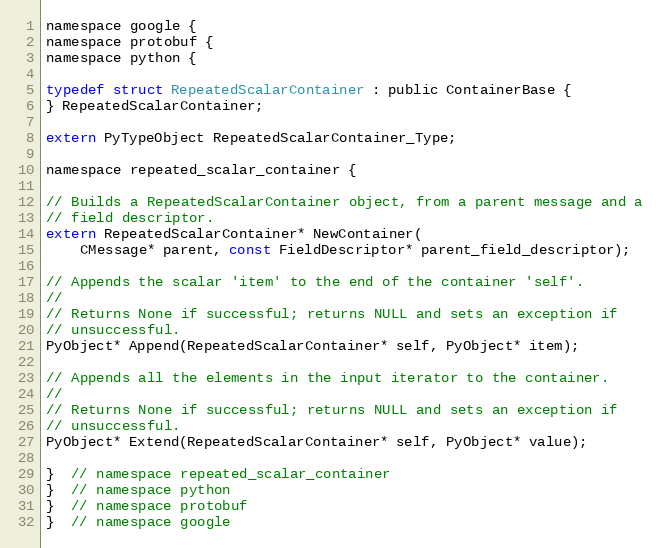
Language: C
namespace google {
namespace protobuf {
namespace python {

typedef struct RepeatedScalarContainer : public ContainerBase {
} RepeatedScalarContainer;

extern PyTypeObject RepeatedScalarContainer_Type;

namespace repeated_scalar_container {

// Builds a RepeatedScalarContainer object, from a parent message and a
// field descriptor.
extern RepeatedScalarContainer* NewContainer(
    CMessage* parent, const FieldDescriptor* parent_field_descriptor);

// Appends the scalar 'item' to the end of the container 'self'.
//
// Returns None if successful; returns NULL and sets an exception if
// unsuccessful.
PyObject* Append(RepeatedScalarContainer* self, PyObject* item);

// Appends all the elements in the input iterator to the container.
//
// Returns None if successful; returns NULL and sets an exception if
// unsuccessful.
PyObject* Extend(RepeatedScalarContainer* self, PyObject* value);

}  // namespace repeated_scalar_container
}  // namespace python
}  // namespace protobuf
}  // namespace google